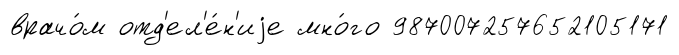
врачо́м отд'ел'е́н'иjе мно́го 987007257652105171